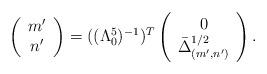
LaTeX: \begin{align*}\left(\begin{array}{c} m'\\ n' \end{array} \right) = ((\Lambda_0^5)^{-1})^T \left(\begin{array}{c} 0 \\ \bar{\Delta}_{(m',n')}^{1/2} \end{array} \right).\end{align*}